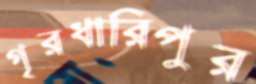
গৃরধারিপুর